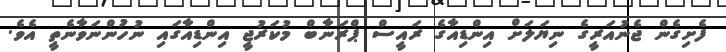
ފެށިގެން ޖެނުއަރީގެ ނިޔަލަށް އިންޑިއާގެ ރައީސް ޕްރަނާބް މުކަރުޖީ އިންޑިއާގައި ނުހުންނަވާނެތީ އެވެ.